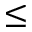
\le